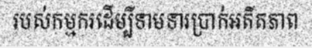
របស់កម្មករដើម្បីទាមទារប្រាក់អតីតភាព